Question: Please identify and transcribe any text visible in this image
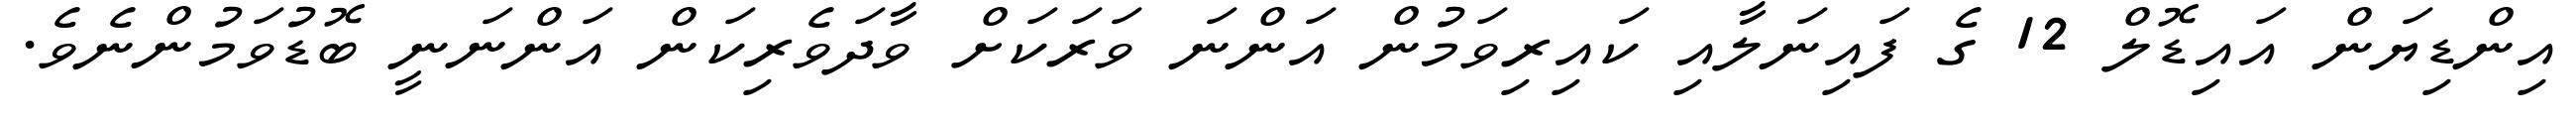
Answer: އިންޑިޔަން އައިޑޮލް 12 ގެ ފައިނަލާއި ކައިރިވަމުން އަންނަ ވަރަކަށް ވާދަވެރިކަން އަންނަނީ ބޮޑުވަމުންނެވެ.